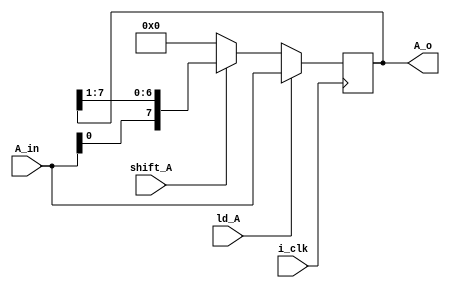
`timescale 1ns / 1ps
//////////////////////////////////////////////////////////////////////////////////
// Company: 
// Engineer: 
// 
// Design Name: 
// Module Name: Shift_Reg_a
// Project Name: 
// Target Devices: 
// Tool Versions: 
// Description: 
// 
// Dependencies: 
// 
// Revision:
// Revision 0.01 - File Created
// Additional Comments:
// 
//////////////////////////////////////////////////////////////////////////////////

///`define N 8
module Shift_Reg_a( A_in , A_o , i_clk , ld_A , shift_A  );
parameter N = 8;
input i_clk ;
input [N-1:0] A_in ;
input ld_A ;
input shift_A ;
output reg [N-1:0] A_o ;

always @ (posedge i_clk )
begin
 if (ld_A)
  begin
   A_o <= A_in ;
   end
          else if (shift_A)
     begin
      A_o <= {A_in, A_o[7:1]} ;      //shift right///
       end
       else
         begin
       A_o <= 8'b0000_0000;
       end
       end
   
endmodule